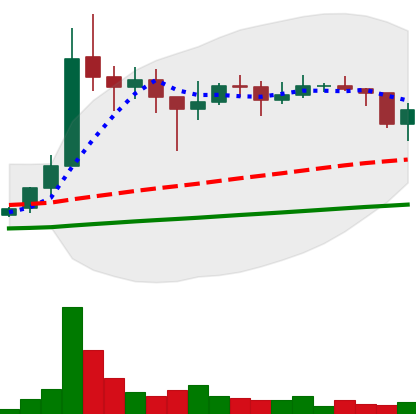
Ticker: XLM-USD
Chart end date: 2021-01-22
Forward return: -11.62%
Label: down_7plus